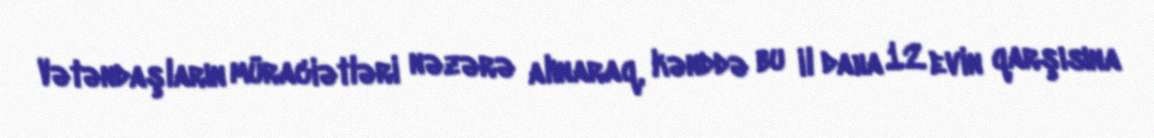
Vətəndaşların müraciətləri nəzərə alınaraq, kənddə bu il daha 12 evin qarşısına